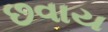
છવાય